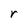
Character: r